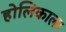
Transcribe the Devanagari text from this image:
होलिकाला